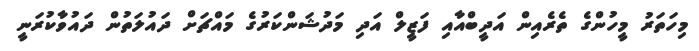
މިހަތަރު މީހުންގެ ތެރެއިން އަދީބްއާއި ފަޒީލް އަދި މަދުޝަންކަރުގެ މައްޗަށް ދައުލަތުން ދައުވާކުރަނީ